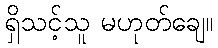
ရှိသင့်သူ မဟုတ်ချေ။